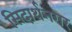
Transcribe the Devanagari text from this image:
सिदार्थनगर